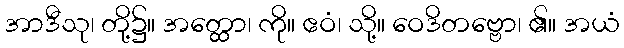
အာဒီသု၊ တို့၌။ အတ္ထော၊ ကို။ ဧဝံ၊ သို့။ ဝေဒိတဗ္ဗော၊ ၏။ အယံ